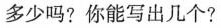
多少吗？你能写出几个？